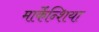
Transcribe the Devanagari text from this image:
मार्केंन्शिया